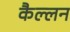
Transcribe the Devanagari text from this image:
कैल्लन